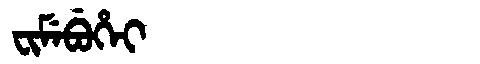
Manchu: ᠸᡳᠮᡝᠪᡠᡥᡝᡳ
Romanization: FIMEBUHEI